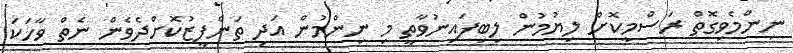
ނިންމެވިގޮތް ރަސްމީކޮށް ލިޔުމުން ލިބިފައިނުވާތީ މި ނިންމުން އަދި ތަންފީޒުކޮށްދެވެން ނެތް ވާހަކަ